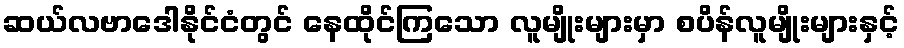
ဆယ်လဗာဒေါနိုင်ငံတွင် နေထိုင်ကြသော လူမျိုးများမှာ စပိန်လူမျိုးများနှင့်